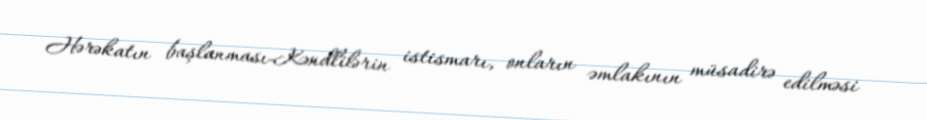
Hərəkatın başlanması-Kəndlilərin istismarı, onların əmlakının müsadirə edilməsi